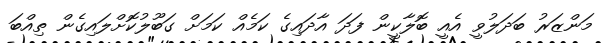
މަންޒަރު ބަދަލުވީ އެއީ ބޮލާކީން ފަދަ އާދައިގެ ކަމެއް ކަމަށް ގަބޫލުކޮށްލައިގެން ތިއްބަ